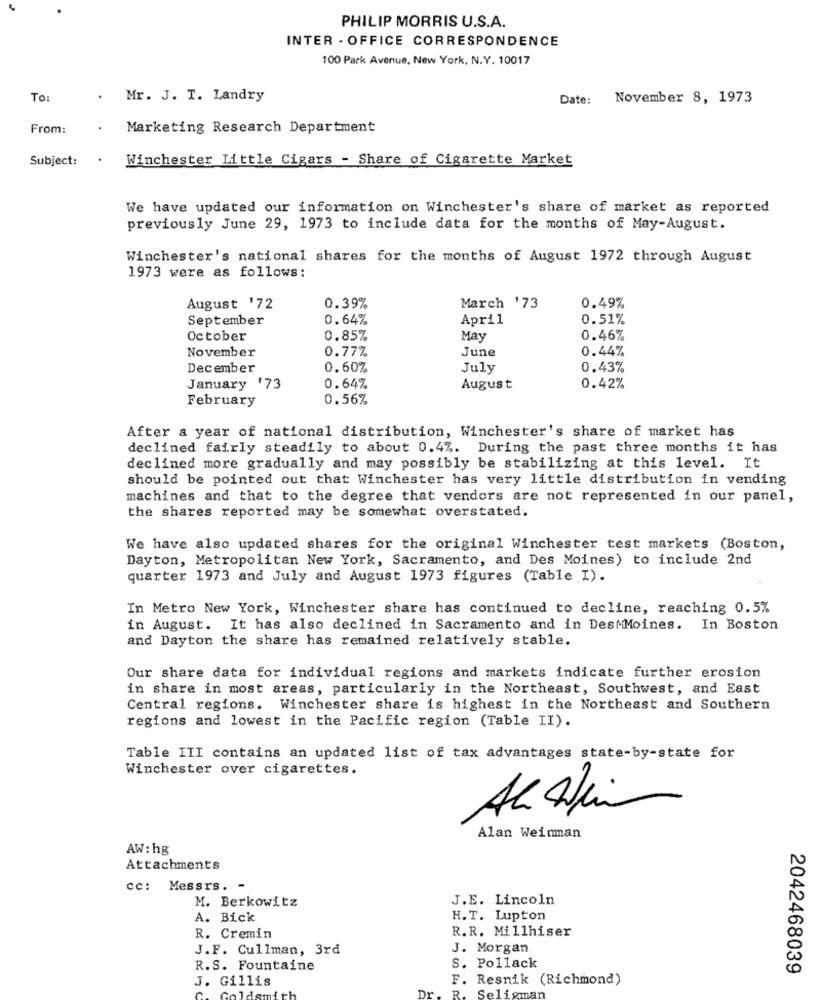
PHILIP MORRIS U.S.A.
INTER - OFFICE CORRESPONDENCE
100 Park Avenue, New York, N.Y. 10017
To:
Mr. J. T. Landry
Date: November 8, 1973
From:
Marketing Research Department
Subject:
.
Winchester Little Cigars - Share of Cigarette Market
We have updated our information on Winchester's share of market as reported
previously June 29, 1973 to include data for the months of May-August.
Winchester's national shares for the months of August 1972 through August
1973 were as follows:
August '72
0.39%
March '73
0.49%
September
0.64%
April
0.51%
October
0.85%
May
0.46%
November
0.77%
June
0.44%
December
0.60%
July
0.43%
January '73
0.64%
August
0.42%
February
0.56%
After a year of national distribution, Winchester's share of market has
declined fairly steadily to about 0.4%. During the past three months it has
declined more gradually and may possibly be stabilizing at this level. It
should be pointed out that Winchester has very little distribution in vending
machines and that to the degree that vendors are not represented in our panel,
the shares reported may be somewhat overstated.
We have also updated shares for the original Winchester test markets (Boston,
Dayton, Metropolitan New York, Sacramento, and Des Moines) to include 2nd
quarter 1973 and July and August 1973 figures (Table I).
In Metro New York, Winchester share has continued to decline, reaching 0.5%
in August. It has also declined in Sacramento and in Des Moines. In Boston
and Dayton the share has remained relatively stable.
Our share data for individual regions and markets indicate further erosion
in share in most areas, particularly in the Northeast, Southwest, and East
Central regions. Winchester share is highest in the Northeast and Southern
regions and lowest in the Pacific region (Table II).
Table ITI contains an updated list of tax advantages state-by-state for
Winchester over cigarettes.
Alan Weinman
AW: hg
Attachments
cc: Messrs. -
J.E. Lincoln
M. Berkowitz
A. Bick
H. T. Lupton
R.R. Millhiser
R. Cremin
J.F. Cullman, 3rd
J. Morgan
R.S. Fountaine
S. Pollack
2042468039
J. Gillis
F. Resnik (Richmond)
D
Selig